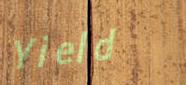
Yield